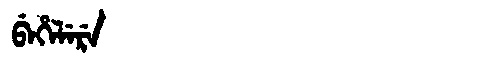
Manchu: ᠪᡝᡥᡝᠯᡝᡵᡝ
Romanization: BEHELERE